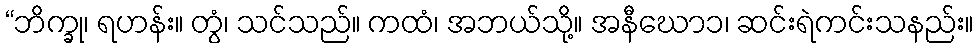
“ဘိက္ခု၊ ရဟန်း။ တွံ၊ သင်သည်။ ကထံ၊ အဘယ်သို့။ အနီဃော၁၊ ဆင်းရဲကင်းသနည်း။